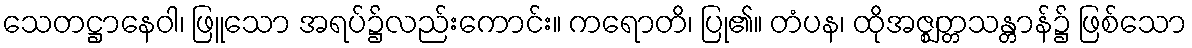
သေတဋ္ဌာနေဝါ၊ ဖြူသော အရပ်၌လည်းကောင်း။ ကရောတိ၊ ပြု၏။ တံပန၊ ထိုအဇ္ဈတ္တသန္တာန်၌ ဖြစ်သော